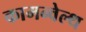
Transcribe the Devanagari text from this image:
कामन्वेल्थ